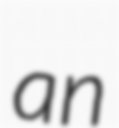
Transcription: an